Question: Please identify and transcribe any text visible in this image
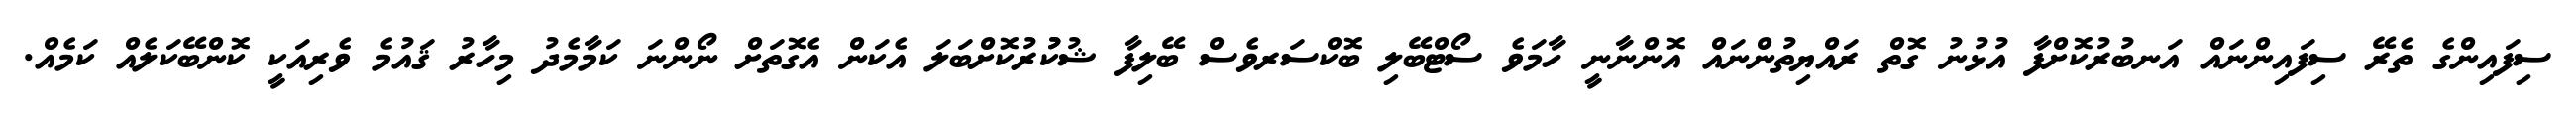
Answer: ސިފައިންގެ ތެރޭ ސިފައިންނައް އަނބުރުކޮށްފާ އުޅުނު ގޮތް ރައްޔިތުންނައް އޮންނާނީ ހާމަވެ ސޯޓްބޭލި ބޮކްސަރވެސް ބޭލިފާ ޝުކުުރުކޮށްބަލަ އެކަން އެގޮތަށް ނޯންނަ ކަމާމެދު މިހާރު ޤައުމެ ވެރިއަކީ ކޮންބޭކަލެއް ކަމެއް.